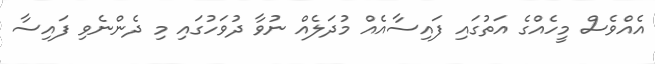
އެއްވެސް މީހެއްގެ އަތުގައި ފައިސާއެއް މުދަލެއް ނުވާ ދުވަހުގައި މި ދެންނެވި ފައިސާ